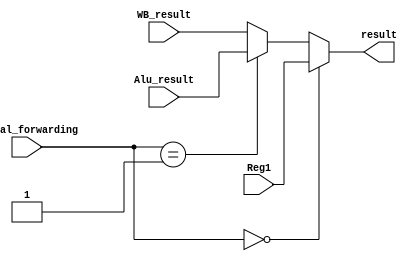
module mux_forwarding(input [31:0] Reg1,input [31:0] Alu_result,input [31:0] WB_result,input [1:0] signal_forwarding,output [31:0] result);


assign result = ( signal_forwarding== 2'b00 )? Reg1  : (signal_forwarding==2'b01) ? Alu_result : WB_result;

endmodule